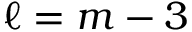
\ell = m - 3